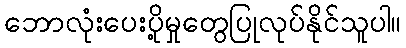
ဘောလုံးပေးပို့မှုတွေပြုလုပ်နိုင်သူပါ။